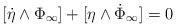
LaTeX: \begin{align*}[\dot \eta \wedge \Phi_\infty] + [ \eta \wedge \dot \Phi_\infty] = 0\end{align*}